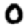
Digit: 0